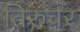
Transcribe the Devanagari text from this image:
तिरुचर